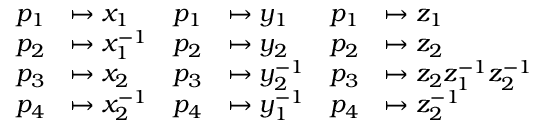
\begin{array} { r l r l r l } { p _ { 1 } } & { \mapsto x _ { 1 } } & { p _ { 1 } } & { \mapsto y _ { 1 } } & { p _ { 1 } } & { \mapsto z _ { 1 } } \\ { p _ { 2 } } & { \mapsto x _ { 1 } ^ { - 1 } } & { p _ { 2 } } & { \mapsto y _ { 2 } } & { p _ { 2 } } & { \mapsto z _ { 2 } } \\ { p _ { 3 } } & { \mapsto x _ { 2 } } & { p _ { 3 } } & { \mapsto y _ { 2 } ^ { - 1 } } & { p _ { 3 } } & { \mapsto z _ { 2 } z _ { 1 } ^ { - 1 } z _ { 2 } ^ { - 1 } } \\ { p _ { 4 } } & { \mapsto x _ { 2 } ^ { - 1 } } & { p _ { 4 } } & { \mapsto y _ { 1 } ^ { - 1 } } & { p _ { 4 } } & { \mapsto z _ { 2 } ^ { - 1 } } \end{array}